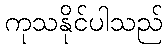
ကုသနိုင်ပါသည်